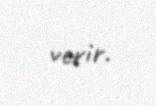
verir.